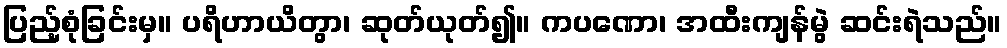
ပြည့်စုံခြင်းမှ။ ပရိဟာယိတွာ၊ ဆုတ်ယုတ်၍။ ကပဏော၊ အထီးကျန်မွဲ ဆင်းရဲသည်။